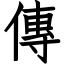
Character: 傳